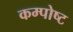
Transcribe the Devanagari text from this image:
कम्पोष्ट